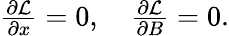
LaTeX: \begin{array}{r}{\frac{\partial{\cal L}}{\partial x}=0,\quad\frac{\partial{\cal L}}{\partial B}=0.}\end{array}